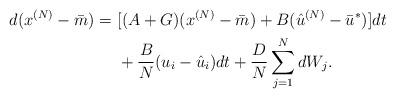
LaTeX: \begin{align*}d(x^{(N)}-\bar m)= \ &[ (A+G) (x^{(N)}-\bar m)+B(\hat u^{(N)}-\bar u^*)]dt \\&+ \frac{B}{N} (u_i-\hat u_i) dt +\frac{D}{N} \sum_{j=1}^N dW_j.\end{align*}